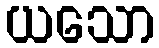
ယသော